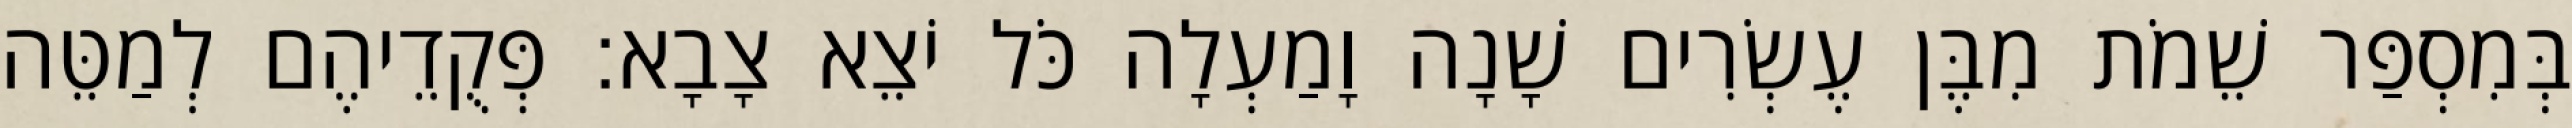
בְּמִסְפַּר שֵׁמֹת מִבֶּן עֶשְׂרִים שָׁנָה וָמַעְלָה כֹּל יֹצֵא צָבָא׃ פְּקֻדֵיהֶם לְמַטֵּה